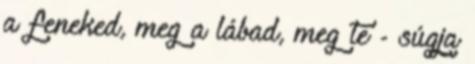
a feneked, meg a lábad, meg te - súgja